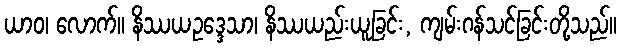
ယာဝ၊ လောက်။ နိဿယဥဒ္ဒေသာ၊ နိဿယည်းယူခြင်း, ကျမ်းဂန်သင်ခြင်းတို့သည်။